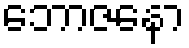
ဘောဇနော